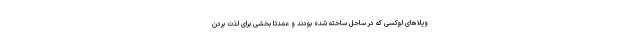
ویلاهای لوکسی که در ساحل ساخته شده بودند و عمدتا بخشی برای لذت بردن